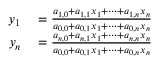
\begin{array} { r l } { y _ { 1 } } & { { } = { \frac { a _ { 1 , 0 } + a _ { 1 , 1 } x _ { 1 } + \dots + a _ { 1 , n } x _ { n } } { a _ { 0 , 0 } + a _ { 0 , 1 } x _ { 1 } + \dots + a _ { 0 , n } x _ { n } } } } \\ { y _ { n } } & { { } = { \frac { a _ { n , 0 } + a _ { n , 1 } x _ { 1 } + \dots + a _ { n , n } x _ { n } } { a _ { 0 , 0 } + a _ { 0 , 1 } x _ { 1 } + \dots + a _ { 0 , n } x _ { n } } } } \end{array}